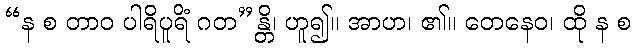
“န စ တာဝ ပါရိပူရိံ ဂတ”န္တိ၊ ဟူ၍။ အာဟ၊ ၏။ တေနေဝ၊ ထို န စ